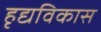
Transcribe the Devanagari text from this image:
हृद्यविकास